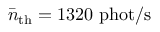
\bar { n } _ { \mathrm { t h } } = 1 3 2 0 \ \mathrm { p h o t / s }